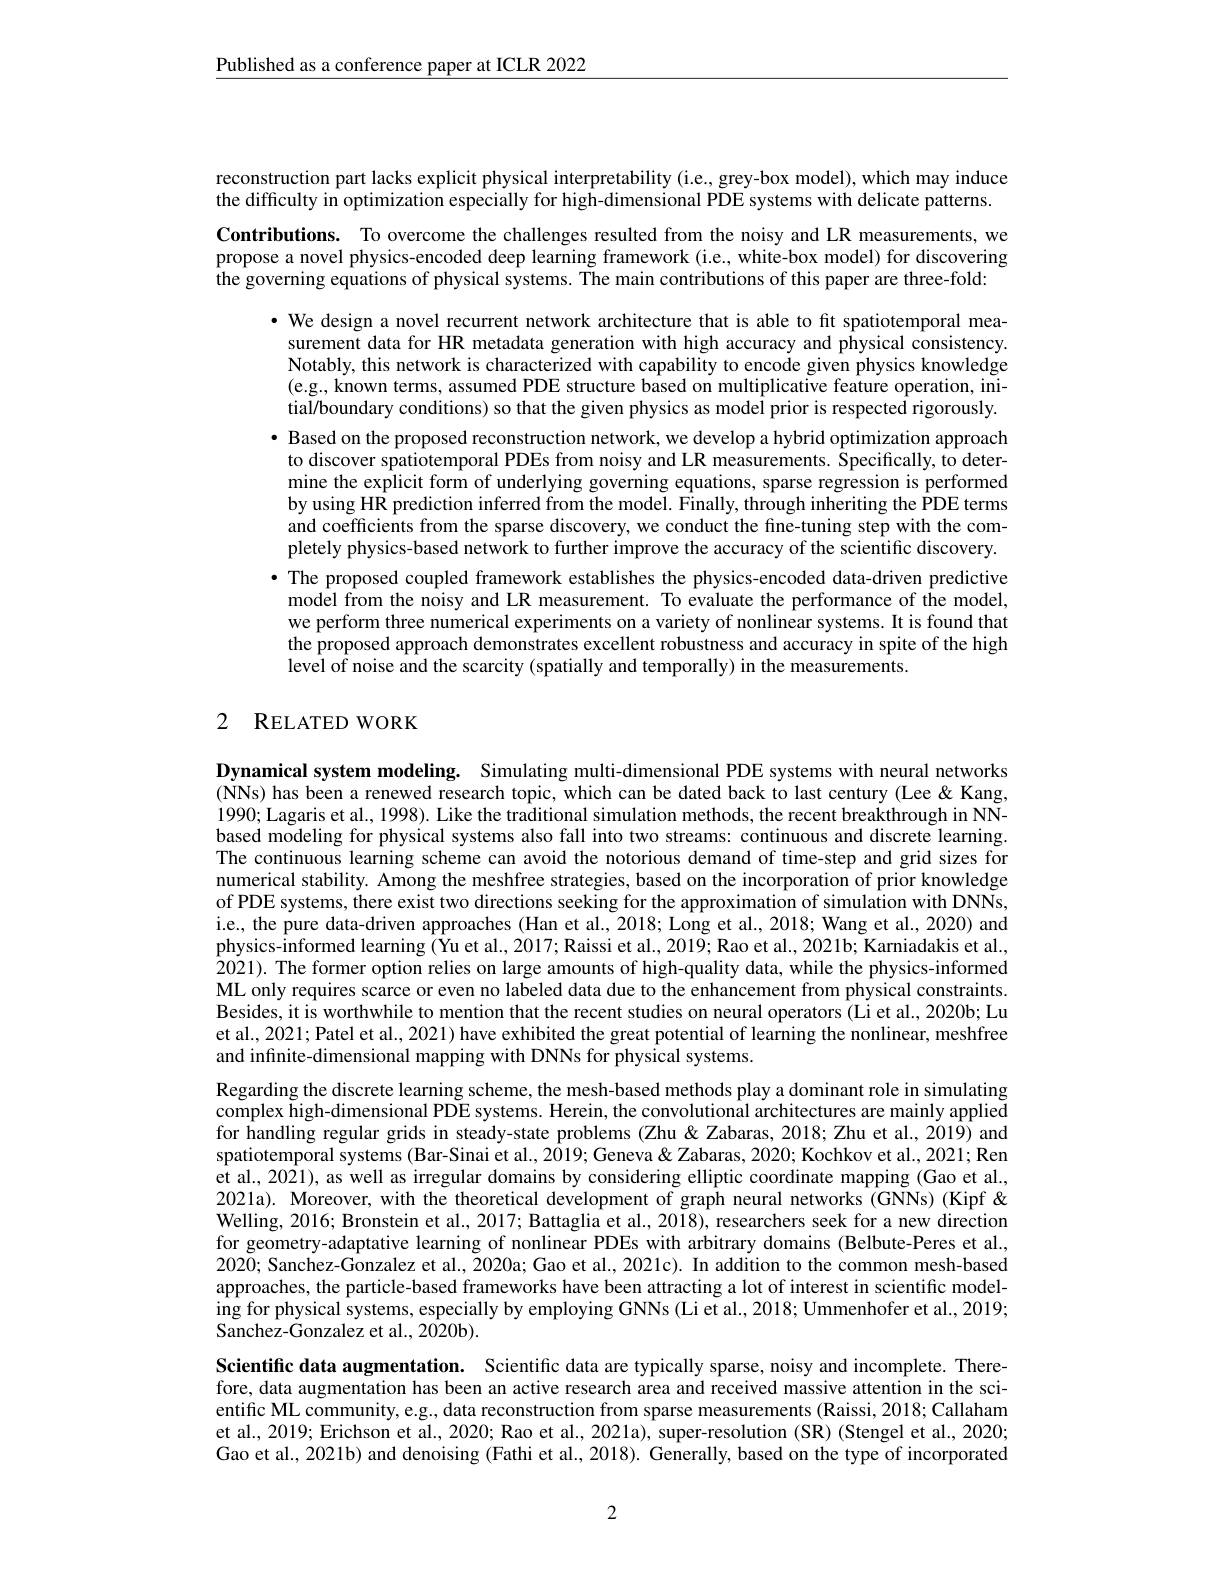
$\underline{\text{Published as a conference paper at ICLR 2022}}$

reconstruction part lacks explicit physical interpretability (i.e., grey-box model), which may induce
the difficulty in optimization especially for high-dimensional PDE systems with delicate patterns

Contributions. To overcome the challenges resulted from the noisy and LR measurements, we propose a novel physics-encoded deep learning framework (i.e., white-box model) for discovering the governing equations of physical systems. The main contributions of this paper are three-fold:
$\cdot$ We design a novel recurrent network architecture that is able to fit spatiotemporal measurement data for HR metadata generation with high accuracy and physical consistency. Notably, this network is characterized with capability to encode given physics knowledge (e.g., known terms, assumed PDE structure based on multiplicative feature operation, initial/boundary conditions) so that the given physics as model prior is respected rigorously. · Based on the proposed reconstruction network, we develop a hybrid optimization approach to discover spatiotemporal PDEs from noisy and LR measurements. Specifically, to determine the explicit form of underlying governing equations, sparse regression is performed by using HR prediction inferred from the model. Finally, through inheriting the PDE terms and coefficients from the sparse discovery, we conduct the fine-tuning step with the completely physics-based network to further improve the accuracy of the scientific discovery. ·The proposed coupled framework establishes the physics-encoded data-driven predictive model from the noisy and LR measurement. To evaluate the performance of the model, we perform three numerical experiments on a variety of nonlinear systems. It is found that the proposed approach demonstrates excellent robustness and accuracy in spite of the high level of noise and the scarcity (spatially and temporally) in the measurements.

### 2 $\mathbf{R}$ELATED WORK

Dynamical system modeling. Simulating multi-dimensional PDE systems with neural networks (NNs) has been a renewed research topic, which can be dated back to last century (Lee & Kang, 1990; Lagaris et al., 1998). Like the traditional simulation methods, the recent breakthrough in NNbased modeling for physical systems also fall into two streams: continuous and discrete learning. The continuous learning scheme can avoid the notorious demand of time-step and grid sizes for numerical stability. Among the meshfree strategies, based on the incorporation of prior knowledge of PDE systems, there exist two directions seeking for the approximation of simulation with DNNs, i.e, the pure data-driven approaches (Han et al., 2018; Long et al., 2018; Wang et al., 2020) and physics-informed learning (Yu et al., 2017; Raissi et al., 2019; Rao et al., 2021b; Karniadakis et al., 2021). The former option relies on large amounts of high-quality data, while the physics-informed ML only requires scarce or even no labeled data due to the enhancement from physical constraints. Besides, it is worthwhile to mention that the recent studies on neural operators (Li et al., 2020b; Lu et al., 2021; Patel et al., 2021) have exhibited the great potential of learning the nonlinear, meshfree and infinite-dimensional mapping with DNNs for physical systems.
Regarding the discrete learning scheme, the mesh-based methods play a dominant role in simulating complex high-dimensional PDE systems. Herein, the convolutional architectures are mainly applied for handling regular grids in steady-state problems (Zhu&Zabaras, 2018; Zhu et al., 2019) and spatiotemporal systems (Bar-Sinai et al., 2019; Geneva & Zabaras, 2020; Kochkov et al., 2021; Ren et al., 2021), as well as irregular domains by considering elliptic coordinate mapping (Gao et al., 202la). Moreover, with the theoretical development of graph neural networks (GNNs) (Kipf& Welling, 2016; Bronstein et al., 2017; Battaglia et al., 2018), researchers seek for a new direction for geometry-adaptative learning of nonlinear PDEs with arbitrary domains (Belbute-Peres et al., 2020; Sanchez-Gonzalez et al., 2020a; Gao et al., 2021c). In addition to the common mesh-based approaches, the particle-based frameworks have been attracting a lot of interest in scientific modeling for physical systems, especially by employing GNNs (Li et al., 2018; Ummenhofer et al., 2019; Sanchez- Gonzalez et al. , 2020b) .
Scientific data augmentation. Scientific data are typically sparse, noisy and incomplete. Therefore, data augmentation has been an active research area and received massive attention in the sci-

entific ML community, e.g., data reconstruction from sparse measurements (Raissi, 2018; Callaham et al., 2019; Erichson et al., 2020; Rao et al., 2021a), super-resolution (SR) (Stengel et al., 2020; Gao et al., 2021b) and denoising (Fathi et al., 2018). Generally, based on the type of incorporated

2